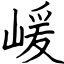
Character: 嵈